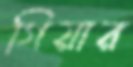
গিয়ার